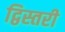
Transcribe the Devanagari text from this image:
द्विस्तरी